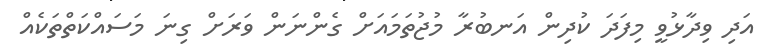
އަދި ވިދާޅުވީ މިފަދަ ކުދިން އަނބުރާ މުޖުތަމައަށް ގެންނަން ވަރަށް ގިނަ މަސައްކަތްތަކެއް